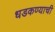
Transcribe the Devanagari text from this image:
धडकण्याची